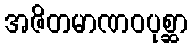
အဇိတမာဏဝပုစ္ဆာ